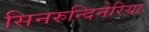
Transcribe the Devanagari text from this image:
सिनरुन्दिनेरिया